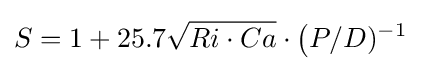
S=1+25.7{\sqrt {Ri\cdot Ca}}\cdot {\bigl (}P/D)^{-1}